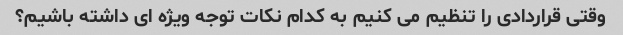
وقتی قراردادی را تنظیم می کنیم به کدام نکات توجه ویژه ای داشته باشیم؟